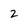
Character: 2